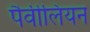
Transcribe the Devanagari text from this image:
पैवीलियन